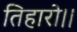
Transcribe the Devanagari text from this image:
तिहारो।।